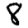
Digit: 8